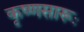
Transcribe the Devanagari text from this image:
कृष्‍णसारूः